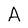
Character: A